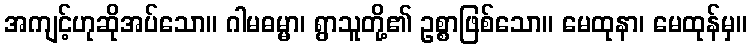
အကျင့်ဟုဆိုအပ်သော။ ဂါမဓမ္မာ၊ ရွာသူတို့၏ ဥစ္စာဖြစ်သော။ မေထုနာ၊ မေထုန်မှ။